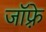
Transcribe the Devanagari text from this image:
जाॅफ़्रे